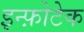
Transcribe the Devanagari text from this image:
इन्फ़ोटेक